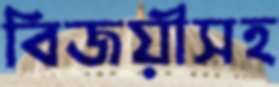
বিজয়ীসহ